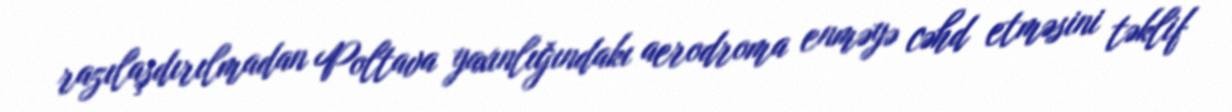
razılaşdırılmadan Poltava yaxınlığındakı aerodroma enməyə cəhd etməsini təklif